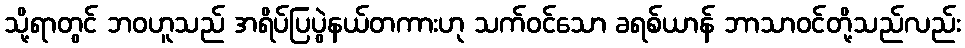
သို့ရာတွင် ဘဝဟူသည် အရိပ်ပြပွဲနယ်တကားဟု သက်ဝင်သော ခရစ်ယာန် ဘာသာဝင်တို့သည်လည်း